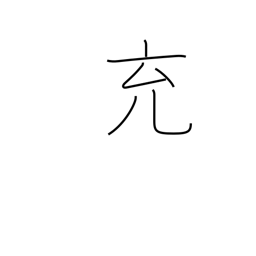
Meaning: fill